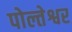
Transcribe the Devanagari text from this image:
पोल्तेश्वर